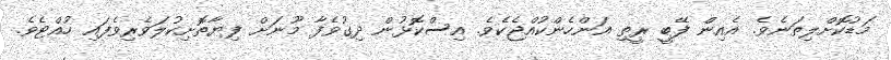
މަޑުކޮށްލިތަނެވެ. އެއިން ފޭބީ ރީތި އަންހެންކުއްޖެކެވެ. އިސްކޮޅުން ދިގުވެފާ މޫނަށް ފިޔާތޮށިކުލަވެރިވެފައި ހުއްޓެވެ.